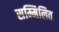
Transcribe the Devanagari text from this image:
सम्मिलित